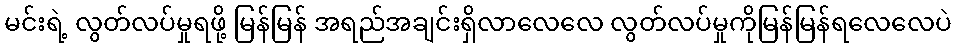
မင်းရဲ့ လွတ်လပ်မှုရဖို့ မြန်မြန် အရည်အချင်းရှိလာလေလေ လွတ်လပ်မှုကိုမြန်မြန်ရလေလေပဲ